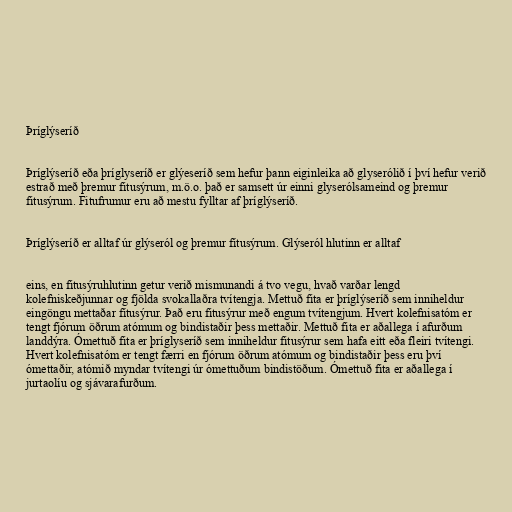
Þríglýseríð

Þríglýseríð eða þríglyseríð er glýeseríð sem hefur þann eiginleika að glyserólið í því hefur verið
estrað með þremur fitusýrum, m.ö.o. það er samsett úr einni glyserólsameind og þremur
fitusýrum. Fitufrumur eru að mestu fylltar af þríglýseríð.

Þríglýseríð er alltaf úr glýseról og þremur fítusýrum. Glýseról hlutinn er alltaf

eins, en fitusýruhlutinn getur verið mismunandi á tvo vegu, hvað varðar lengd
kolefniskeðjunnar og fjölda svokallaðra tvítengja. Mettuð fita er þríglýseríð sem inniheldur
eingöngu mettaðar fítusýrur. Það eru fitusýrur með engum tvítengjum. Hvert kolefnisatóm er
tengt fjórum öðrum atómum og bindistaðir þess mettaðir. Mettuð fita er aðallega í afurðum
landdýra. Ómettuð fita er þríglyseríð sem inniheldur fitusýrur sem hafa eitt eða fleiri tvítengi.
Hvert kolefnisatóm er tengt færri en fjórum öðrum atómum og bindistaðir þess eru því
ómettaðir, atómið myndar tvítengi úr ómettuðum bindistöðum. Ómettuð fita er aðallega í
jurtaolíu og sjávarafurðum.